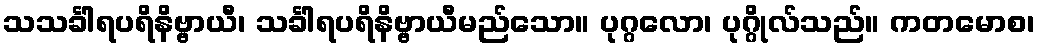
သသင်္ခါရပရိနိဗ္ဗာယီ၊ သင်္ခါရပရိနိဗ္ဗာယီမည်သော။ ပုဂ္ဂလော၊ ပုဂ္ဂိုလ်သည်။ ကတမောစ၊